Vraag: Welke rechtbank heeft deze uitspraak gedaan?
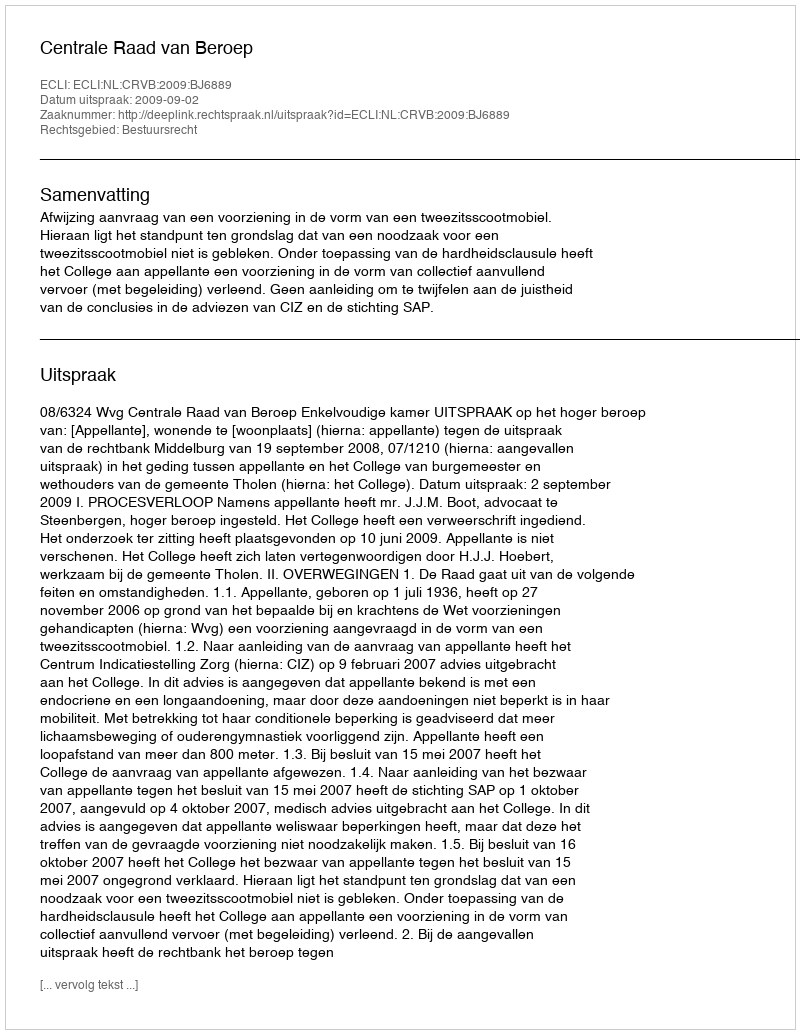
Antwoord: Centrale Raad van Beroep